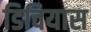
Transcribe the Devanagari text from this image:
डिवियास